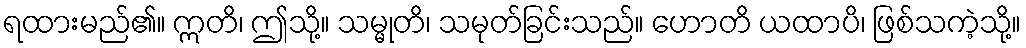
ရထားမည်၏။ ဣတိ၊ ဤသို့။ သမ္မုတိ၊ သမုတ်ခြင်းသည်။ ဟောတိ ယထာပိ၊ ဖြစ်သကဲ့သို့။